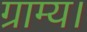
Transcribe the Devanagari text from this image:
ग्राम्य।